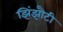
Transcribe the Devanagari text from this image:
झिंझौटी